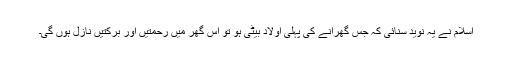
اسلام نے یہ نوید سنائی کہ جس گھرانے کی پہلی اولاد بیٹی ہو تو اس گھر میں رحمتیں اور برکتیں نازل ہوں گی۔